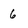
Character: 6